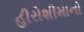
હીરોશીમાનો